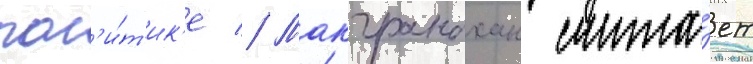
пол'и́т'ик'е // Макгранахан счита́ет